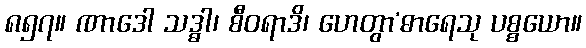
၈၅၇။ ဏာဒေါ သဒ္ဓါ၊ စီဝရာဒိ၊ ဟေတွာ’ဓာရေသု ပစ္စယော။